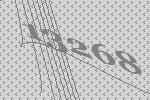
13268